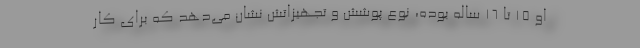
او ۱۵ تا ۱۶ ساله بوده، نوع پوشش و تجهیزاتش نشان می‌دهد که برای کار